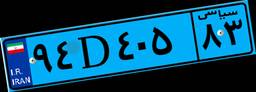
۰۱D۷۱۰۰۴